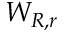
W _ { R , r }